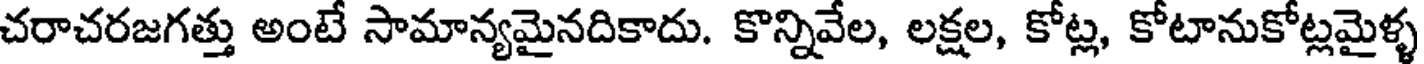
చరాచరజగత్తు అంటే సామాన్యమైనదికాదు. కొన్నివేల, లక్షల, కోట్ల, కోటానుకోట్లమైళ్ళ